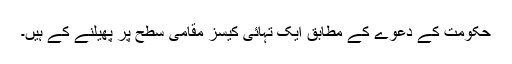
حکومت کے دعوے کے مطابق ایک تہائی کیسز مقامی سطح پر پھیلنے کے ہیں۔